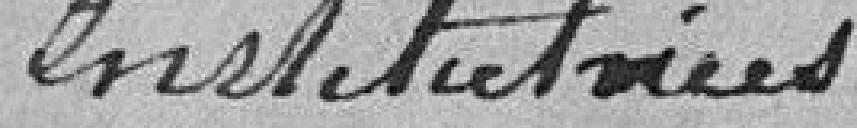
institutrices.